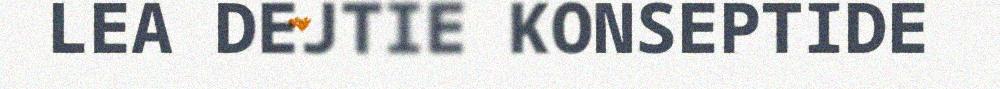
LEA DEJTIE KONSEPTIDE